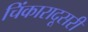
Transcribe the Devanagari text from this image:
चिंकारादूसरी